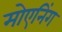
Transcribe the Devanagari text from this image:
मोएनिंग